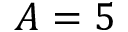
A = 5